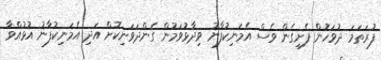
ފުރަތަމަ ދުވަހުން ފެށިގެން ވެސް އެމަނިކުފާނު ވިދާޅުވަމުން ގެންދަވަނިކޮށް އަދި އެމަނިކުފާނު އުޅުއްވާ